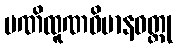
မဏိထူဏဝိမာနဝတ္ထု